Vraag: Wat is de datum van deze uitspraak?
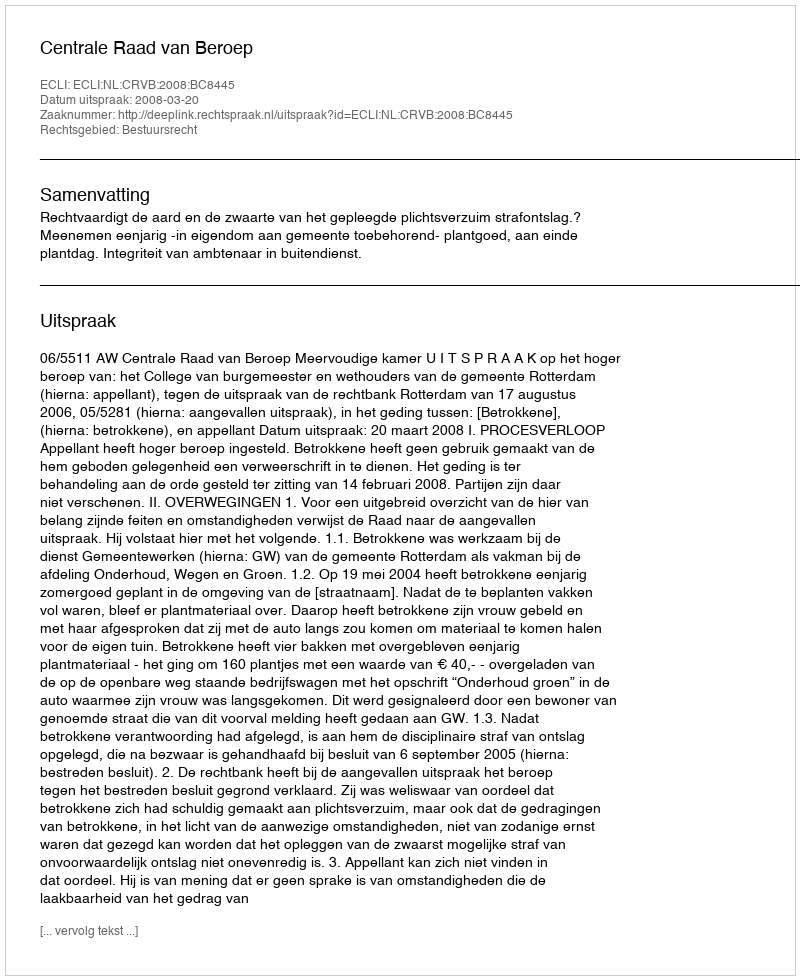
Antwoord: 2008-03-20